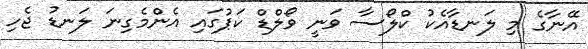
އޭނާގެ މި ލަނޑާއެކު ކްލޯސާ ވަނީ ވޯލްޑް ކަޕުގައި އެންމެގިނަ ލަނޑު ޖެހި